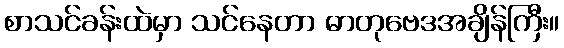
စာသင်ခန်းထဲမှာ သင်နေတာ ဓာတုဗေဒအချိန်ကြီး။